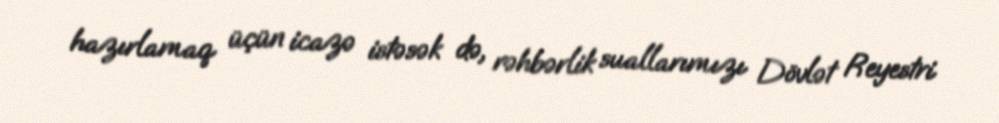
hazırlamaq üçün icazə istəsək də, rəhbərlik suallarımızı Dövlət Reyestri